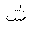
Letter: _shin